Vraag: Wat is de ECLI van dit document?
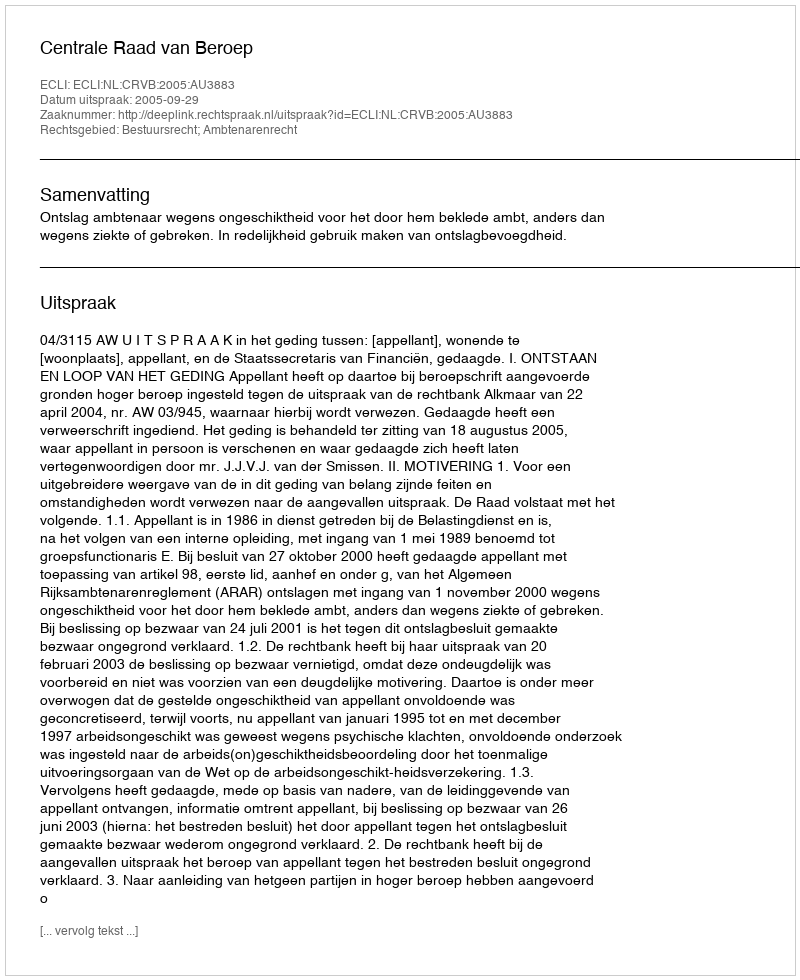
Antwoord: ECLI:NL:CRVB:2005:AU3883